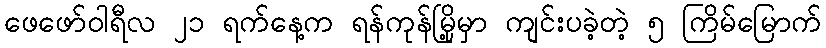
ဖေဖော်ဝါရီလ ၂၁ ရက်နေ့က ရန်ကုန်မြို့မှာ ကျင်းပခဲ့တဲ့ ၅ ကြိမ်မြောက်